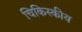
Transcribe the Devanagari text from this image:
चिकिस्कीय